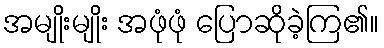
အမျိုးမျိုး အဖုံဖုံ ပြောဆိုခဲ့ကြ၏။